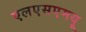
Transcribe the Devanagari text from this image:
एलएसएमयू